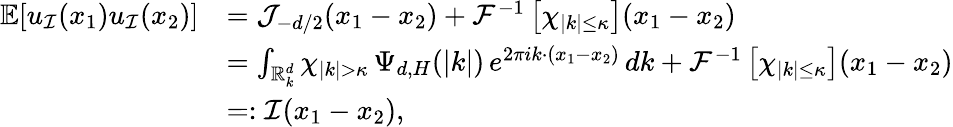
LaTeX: \begin{array}{rl}{\mathbb{E}[u_{\mathcal{I}}(x_{1})u_{\mathcal{I}}(x_{2})]}&{=\mathcal{J}_{-d/2}(x_{1}-x_{2})+\mathcal{F}^{-1}\left[\chi_{|k|\leq\kappa}\right](x_{1}-x_{2})}\\ &{=\int_{\mathbb R_{k}^{d}}\chi_{|k|>\kappa}\, \Psi_{d,H}(|k|)\, e^{2\pi ik\cdot(x_{1}-x_{2})}\, dk+\mathcal{F}^{-1}\left[\chi_{|k|\leq\kappa}\right](x_{1}-x_{2})}\\ &{=:\mathcal{I}(x_{1}-x_{2}),}\end{array}